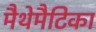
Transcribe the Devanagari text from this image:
मैथेमैटिका